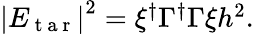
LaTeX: \begin{array}{r}{\left|E_{\mathrm{~t~a~r~}}\right|^{2}=\xi^{\dagger}\Gamma^{\dagger}\Gamma\xi h^{2}.}\end{array}